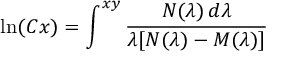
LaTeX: \ln ( C x ) = \int ^ { x y } { \frac { N ( \lambda ) \, d \lambda } { \lambda [ N ( \lambda ) - M ( \lambda ) ] } } \,